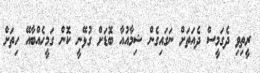
ރީތިވި ދެގަމީސް ދެއަތަށް ނަގައިގެން ޝިމާއުއާ ބޮޑަށް ގުޅޭނީ ކޮން ގަމީހެއްބާއޭ ހިތަށް